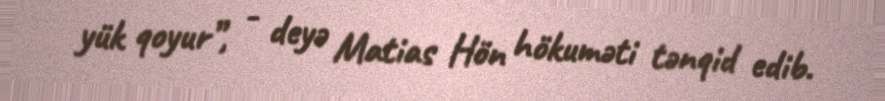
yük qoyur”, - deyə Matias Hön hökuməti tənqid edib.